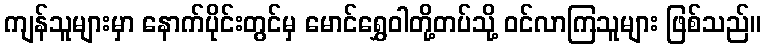
ကျန်သူများမှာ နောက်ပိုင်းတွင်မှ မောင်ရွှေဝါတို့တပ်သို့ ဝင်လာကြသူများ ဖြစ်သည်။